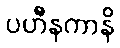
ပဟီနကာနိ